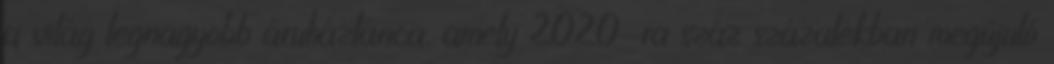
a világ legnagyobb áruházlánca, amely 2020-ra száz százalékban megújuló